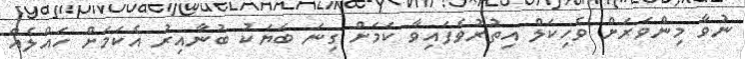
ނުވާ މިންވަރަށް ވެހިކަލް އިތުރުވެފައިވާ ކަމަށް ގިނަ ބަޔަކު ބުނާއިރު އެކަމަށް ހައްލެއް